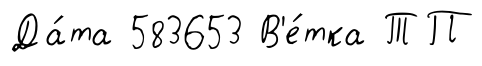
Да́та 583653 В'е́тка ТП